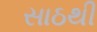
સાઠથી